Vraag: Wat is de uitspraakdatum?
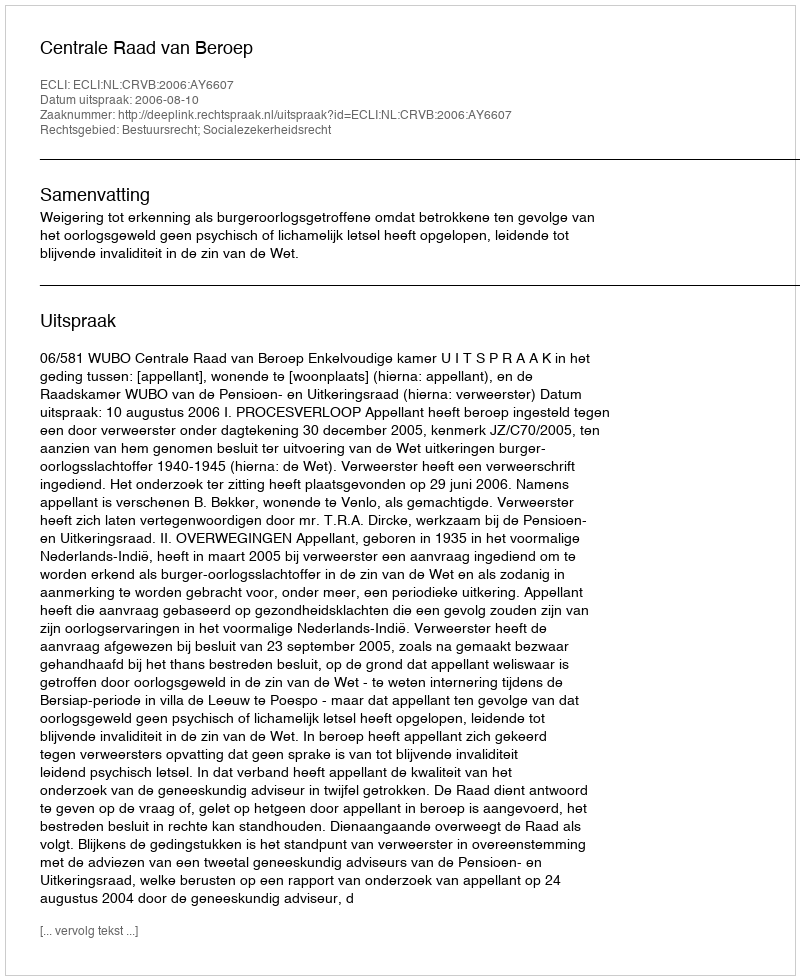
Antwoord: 2006-08-10